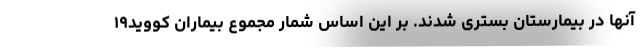
آنها در بیمارستان بستری شدند. بر این اساس شمار مجموع بیماران کووید۱۹